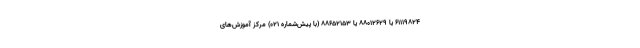
61119824 یا 88012629 یا 88652153 (با پیش‌شماره 021) مرکز آموزش‌های